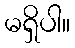
မရှိပါ။